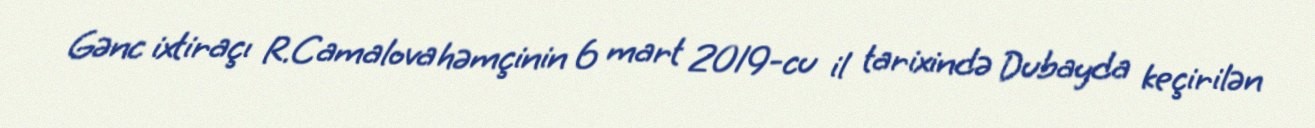
Gənc ixtiraçı R.Camalova həmçinin 6 mart 2019-cu il tarixində Dubayda keçirilən